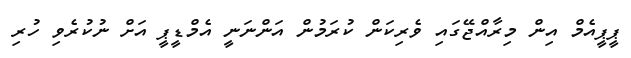
ޕީޕީއެމް އިން މިރާއްޖޭގައި ވެރިކަން ކުރަމުން އަންނަނީ އެމްޑީޕީ އަށް ނުކުރެވި ހުރި